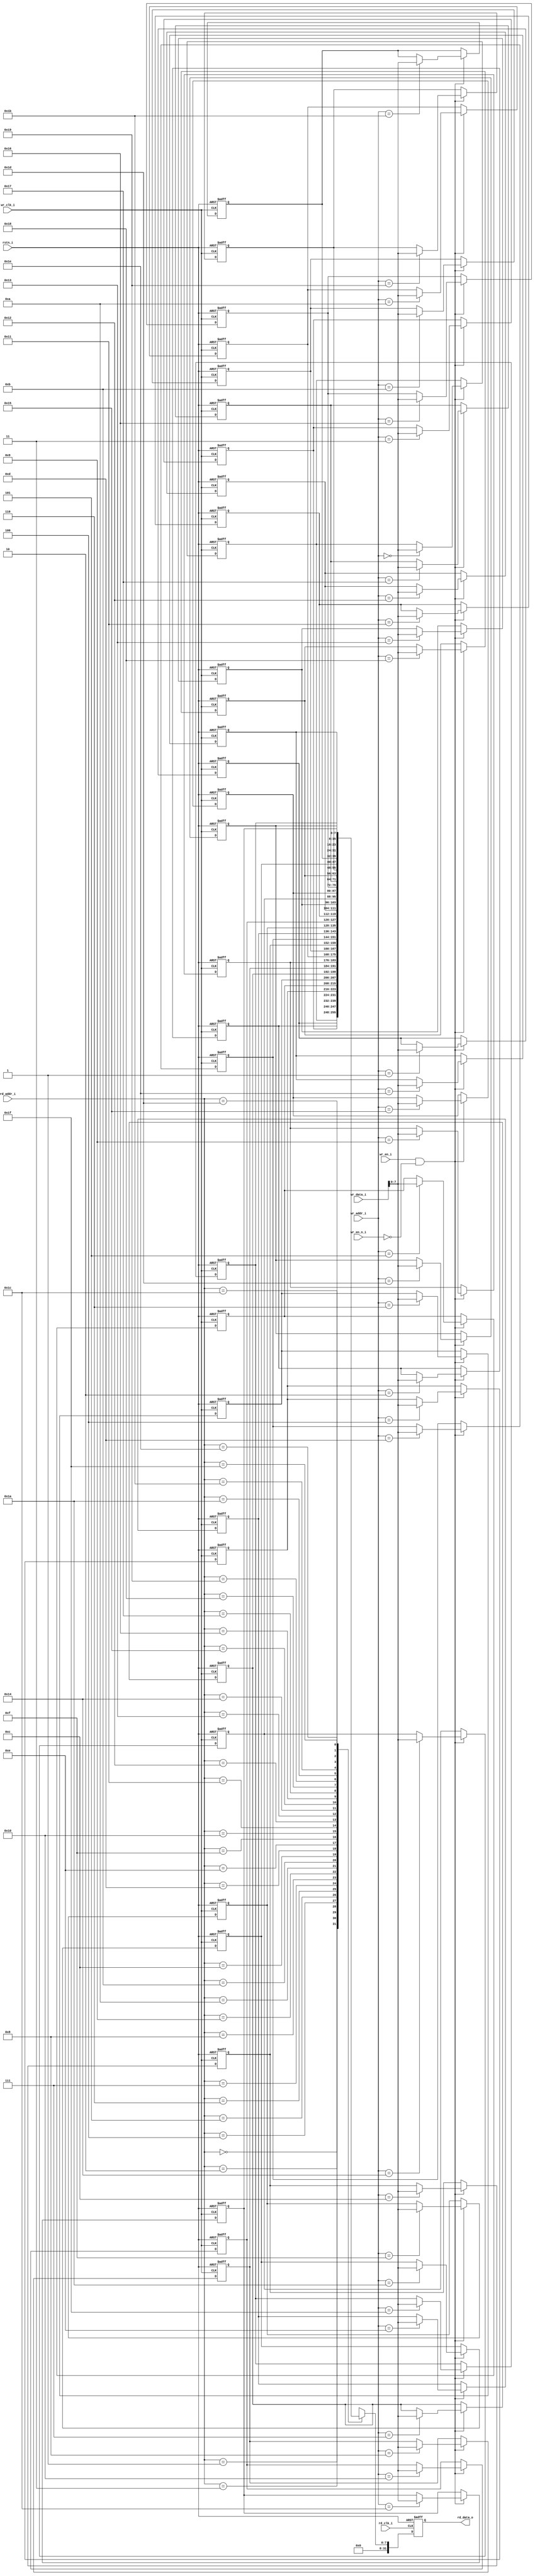
module dual_port_mem #(
    parameter DATA_WIDTH = 8,
    parameter DATA_DEPTH = 32,
    parameter ADDR_WIDTH = $clog2(DATA_DEPTH)
) (
    input  wire                  rstn_i,     //system reset
    // read interface
    input  wire                  rd_clk_i,
    input  wire [ADDR_WIDTH-1:0] rd_addr_i,
    output reg  [DATA_DEPTH-1:0] rd_data_o,
    // write interface
    input  wire                  wr_clk_i,
    input  wire                  wr_en_i,
    input  wire                  wr_en_n_i,
    input  wire [ADDR_WIDTH-1:0] wr_addr_i,
    input  wire [DATA_DEPTH-1:0] wr_data_i
);

    // memory array
    reg [DATA_WIDTH-1:0] mem[0:DATA_DEPTH-1];

    // read data from mem
    always @(posedge rd_clk_i or negedge rstn_i) begin
        if (!rstn_i) begin
            rd_data_o <= 'h0;
        end else begin
            rd_data_o <= mem[rd_addr_i];
        end
    end

    // write data to mem
    integer i;
    always @(posedge wr_clk_i or negedge rstn_i) begin
        if (!rstn_i) begin
            for (i = 0; i < DATA_DEPTH; i = i + 1) begin
                mem[i] <= 'h0;
            end
        end else begin
            if (wr_en_i && !wr_en_n_i) begin
                mem[wr_addr_i] <= wr_data_i;
            end
        end
    end
endmodule